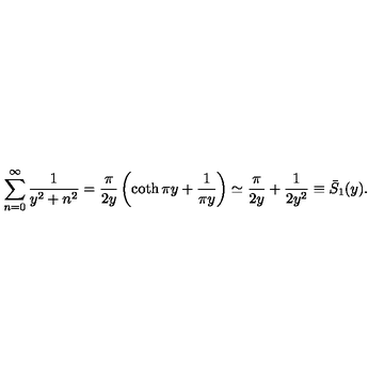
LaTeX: \sum _ { n = 0 } ^ { \infty } \frac { 1 } { y ^ { 2 } + n ^ { 2 } } = \frac { \pi } { 2 y } \left( \coth \pi y + \frac { 1 } { \pi y } \right) \simeq \frac { \pi } { 2 y } + \frac { 1 } { 2 y ^ { 2 } } \equiv \bar { S } _ { 1 } ( y ) { . }